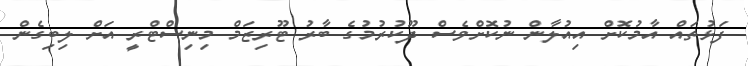
ފަޅުތައް އާމުކޮށް އިއުލާން ނުކޮށްވެސް ދޫކުރުމުގެ ބާރު ޓޫރިޒަމް މިނިސްޓްރީ އަށް ލިބިގެން